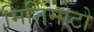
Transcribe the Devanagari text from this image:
मिनिमोटो